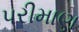
પરીમાણ